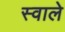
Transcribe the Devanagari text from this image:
स्वाले